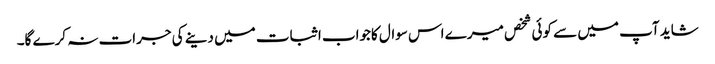
شاید آپ میں سے کوئی شخص میرے اس سوال کاجواب اثبات میں دینے کی جرات نہ کرے گا۔